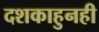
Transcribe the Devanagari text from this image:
दशकाहुनही